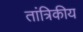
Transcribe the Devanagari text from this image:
तांत्रिकीय